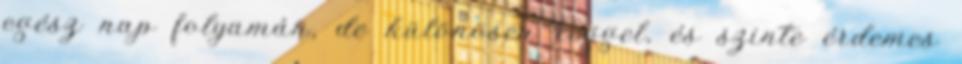
egész nap folyamán, de különösen reggel, és szinte érdemes